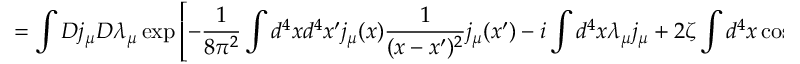
= \int D j _ { \mu } D \lambda _ { \mu } \exp \left[ - \frac { 1 } { 8 \pi ^ { 2 } } \int d ^ { 4 } x d ^ { 4 } x ^ { \prime } j _ { \mu } ( x ) \frac { 1 } { ( x - x ^ { \prime } ) ^ { 2 } } j _ { \mu } ( x ^ { \prime } ) - i \int d ^ { 4 } x \lambda _ { \mu } j _ { \mu } + 2 \zeta \int d ^ { 4 } x \cos \left( \frac { \left| \lambda _ { \mu } \right| } { \Lambda } \right) \right] ,